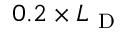
0 . 2 \times L _ { \mathrm { ~ D ~ } }